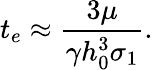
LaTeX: t_{e}\approx\frac{3\mu}{\gamma h_{0}^{3}\sigma_{1}}.